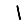
Digit: 1